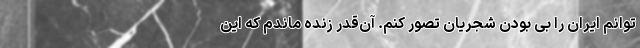
‌توانم ایران را بی بودن شجریان تصور کنم. آن‌قدر زنده ماندم که این